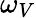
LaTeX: \omega_{V}